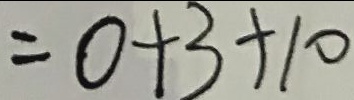
= 0 + 3 + 1 0